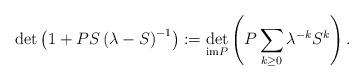
LaTeX: \begin{align*} \det \left( 1 + PS \left( \lambda - S\right)^{-1} \right) := \det_{{\rm im}P} \left( P \sum_{k\geq 0} \lambda^{-k} {S^k} \right) . \end{align*}